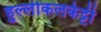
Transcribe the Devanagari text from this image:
हुल्लीकलकेट्टी